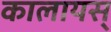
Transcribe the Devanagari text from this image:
कालायस्